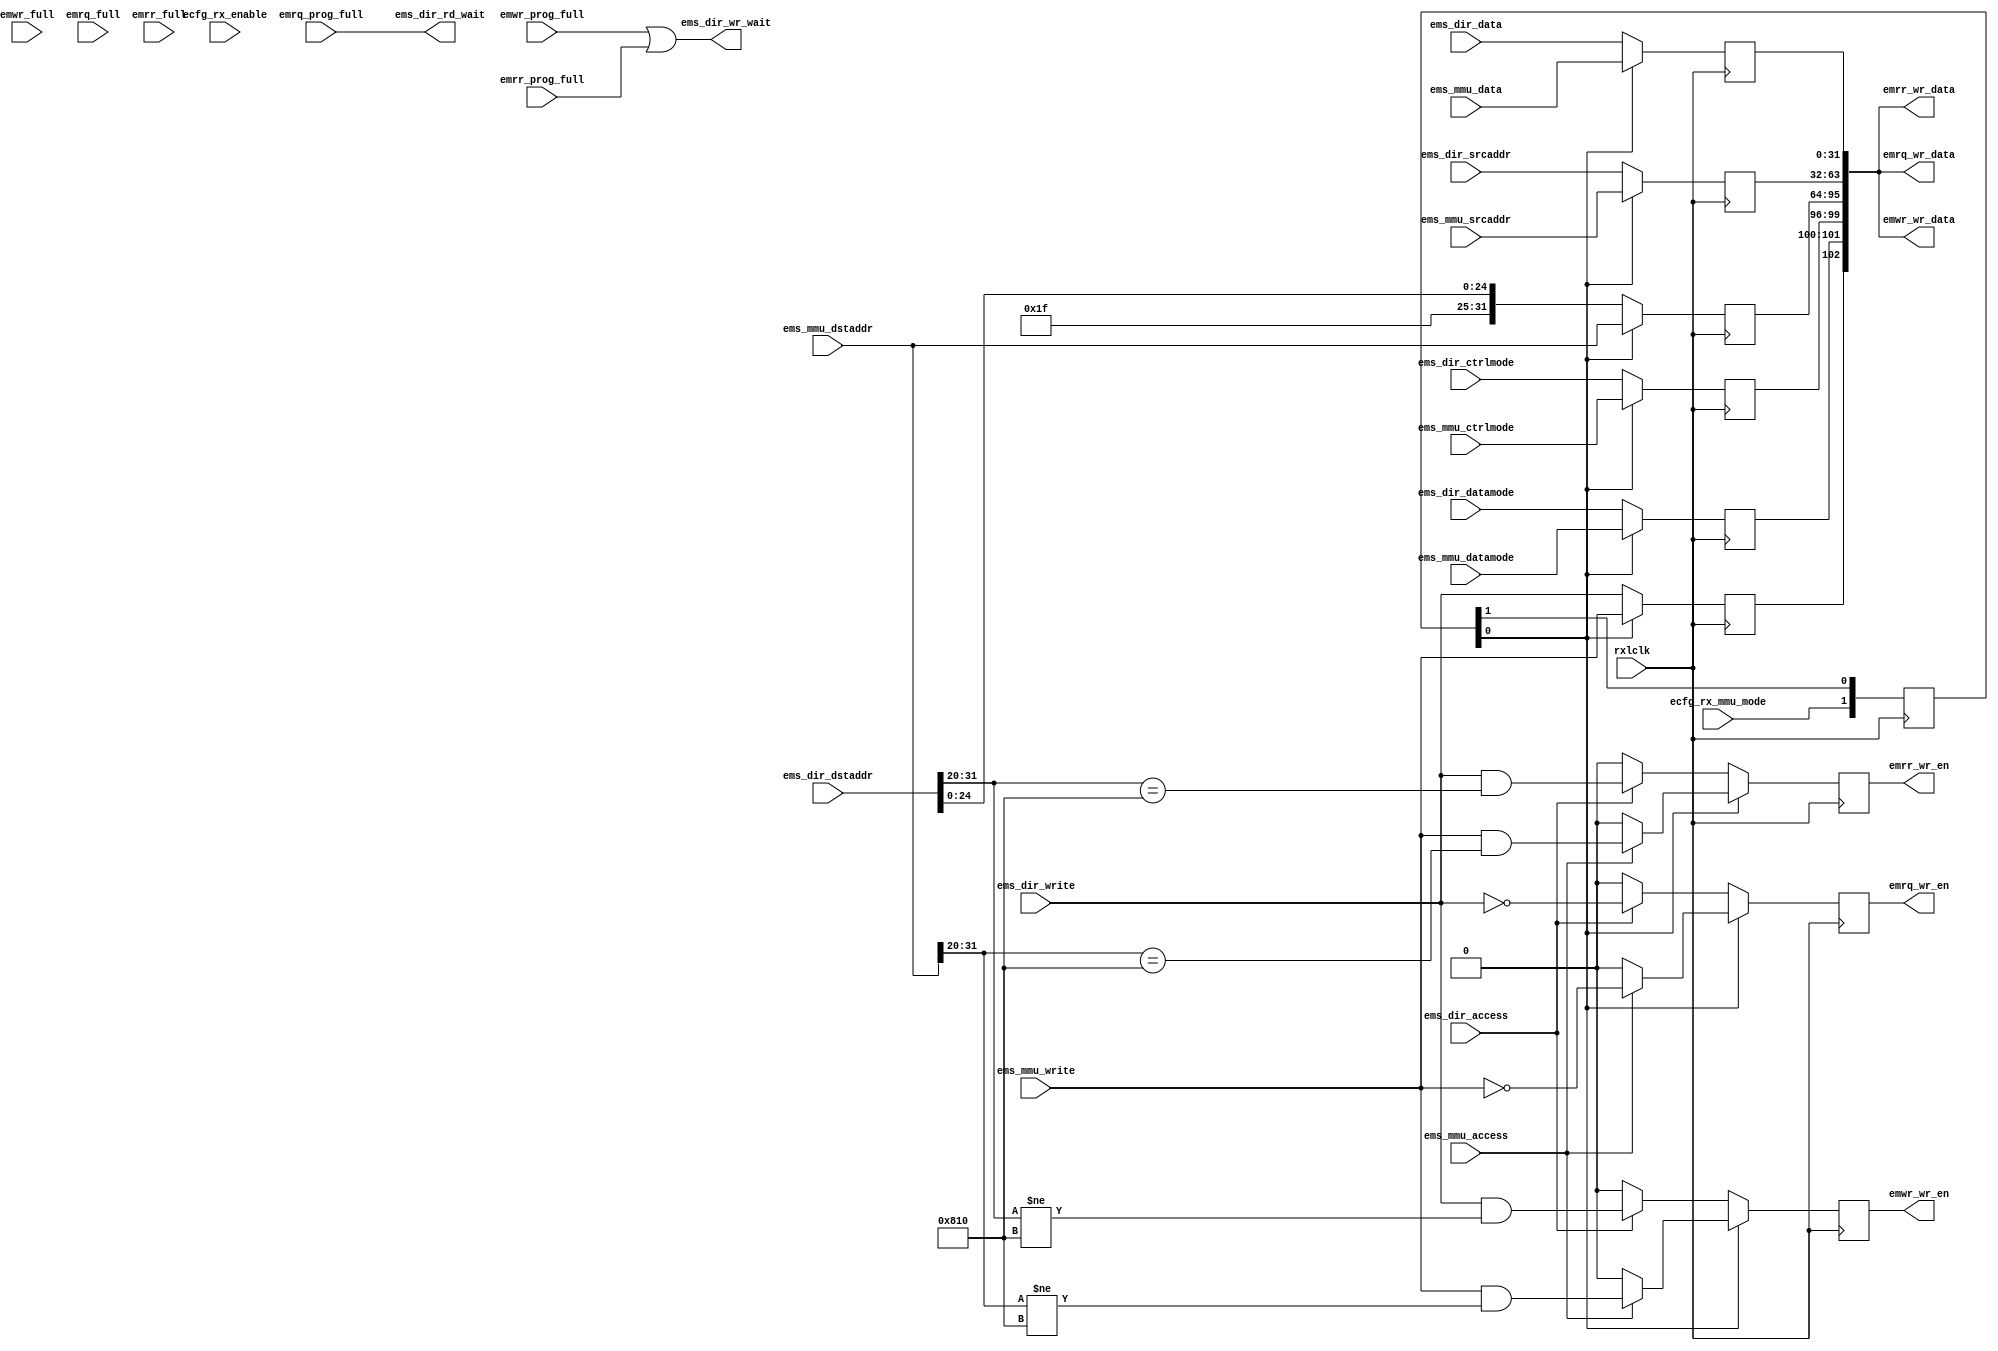
/*
  File: edistrib.v
 
  This file is part of the Parallella Project.

  Copyright (C) 2014 Adapteva, Inc.
  Contributed by Fred Huettig <fred@adapteva.com>

  This program is free software: you can redistribute it and/or modify
  it under the terms of the GNU General Public License as published by
  the Free Software Foundation, either version 3 of the License, or
  (at your option) any later version.

  This program is distributed in the hope that it will be useful,
  but WITHOUT ANY WARRANTY; without even the implied warranty of
  MERCHANTABILITY or FITNESS FOR A PARTICULAR PURPOSE.  See the
  GNU General Public License for more details.

  You should have received a copy of the GNU General Public License
  along with this program (see the file COPYING).  If not, see
  <http://www.gnu.org/licenses/>.
*/

/*
 ########################################################################
 EPIPHANY eMesh Filter / Distributor
 ########################################################################
 
 This block takes one eMesh input, selected from two available 
 (MMU or direct), and distributes the transactions based on type
 (write, read request, read response).
 
 */

module edistrib (/*AUTOARG*/
   // Outputs
   ems_dir_rd_wait, ems_dir_wr_wait, emwr_wr_data, emwr_wr_en,
   emrq_wr_data, emrq_wr_en, emrr_wr_data, emrr_wr_en,
   // Inputs
   rxlclk, ems_dir_access, ems_dir_write, ems_dir_datamode,
   ems_dir_ctrlmode, ems_dir_dstaddr, ems_dir_srcaddr, ems_dir_data,
   ems_mmu_access, ems_mmu_write, ems_mmu_datamode, ems_mmu_ctrlmode,
   ems_mmu_dstaddr, ems_mmu_srcaddr, ems_mmu_data, emwr_full,
   emwr_prog_full, emrq_full, emrq_prog_full, emrr_full,
   emrr_prog_full, ecfg_rx_enable, ecfg_rx_mmu_mode
   );

   parameter [11:0]  C_READ_TAG_ADDR = 12'h810;
   parameter         C_REMAP_BITS = 7;
   parameter [31:0]  C_REMAP_ADDR = 32'h3E000000;
   
   // RX clock
   input         rxlclk;
   
   // Direct slave port (with wait signals)
   input         ems_dir_access;
   input         ems_dir_write;
   input [1:0]   ems_dir_datamode;
   input [3:0]   ems_dir_ctrlmode;
   input [31:0]  ems_dir_dstaddr;
   input [31:0]  ems_dir_srcaddr;
   input [31:0]  ems_dir_data;
   output        ems_dir_rd_wait;
   output        ems_dir_wr_wait;

   // MMU slave port (no wait signals)
   input         ems_mmu_access;
   input         ems_mmu_write;
   input [1:0]   ems_mmu_datamode;
   input [3:0]   ems_mmu_ctrlmode;
   input [31:0]  ems_mmu_dstaddr;
   input [31:0]  ems_mmu_srcaddr;
   input [31:0]  ems_mmu_data;

   // Master FIFO port, writes
   output [102:0] emwr_wr_data;
   output         emwr_wr_en;
   input          emwr_full;       // full flags for error checking
   input          emwr_prog_full;
   
   // Master FIFO port, read requests
   output [102:0] emrq_wr_data;
   output         emrq_wr_en;
   input          emrq_full;
   input          emrq_prog_full;
   
   // Master FIFO port, read responses
   output [102:0] emrr_wr_data;
   output         emrr_wr_en;
   input          emrr_full;
   input          emrr_prog_full;

   // Control bits inputs
   input          ecfg_rx_enable;
   input          ecfg_rx_mmu_mode;
   
   //############
   //# Distribute based on type & read-response tag
   //############

   reg [1:0]      rxmmu_sync;
   wire           rxmmu = rxmmu_sync[0];
   
   reg            in_write;
   reg [1:0]      in_datamode;
   reg [3:0]      in_ctrlmode;
   reg [31:0]     in_dstaddr;
   reg [31:0]     in_srcaddr;
   reg [31:0]     in_data;

   reg            emwr_wr_en;
   reg            emrq_wr_en;
   reg            emrr_wr_en;

   wire [102:0]   fifo_din;
   wire [102:0]   emwr_wr_data;
   wire [102:0]   emrq_wr_data;
   wire [102:0]   emrr_wr_data;
   
   always @ (posedge rxlclk) begin

      rxmmu_sync <= {ecfg_rx_mmu_mode, rxmmu_sync[1]};

      if(rxmmu) begin

         in_write    <= ems_mmu_write;
         in_datamode <= ems_mmu_datamode;
         in_ctrlmode <= ems_mmu_ctrlmode;
         in_dstaddr  <= ems_mmu_dstaddr;
         in_srcaddr  <= ems_mmu_srcaddr;
         in_data     <= ems_mmu_data;

         if(ems_mmu_access) begin
            emrq_wr_en <= ~ems_mmu_write;
            emrr_wr_en <= ems_mmu_write & (ems_mmu_dstaddr[31:20] == C_READ_TAG_ADDR);
            emwr_wr_en <= ems_mmu_write & (ems_mmu_dstaddr[31:20] != C_READ_TAG_ADDR);
         end else begin
            emrq_wr_en <= 1'b0;
            emrr_wr_en <= 1'b0;
            emwr_wr_en <= 1'b0;
         end
         
      end else begin

         in_write    <= ems_dir_write;
         in_datamode <= ems_dir_datamode;
         in_ctrlmode <= ems_dir_ctrlmode;
         in_dstaddr  <= {C_REMAP_ADDR[31:(32-C_REMAP_BITS)], 
                         ems_dir_dstaddr[(31-C_REMAP_BITS):0]};
         in_srcaddr  <= ems_dir_srcaddr;
         in_data     <= ems_dir_data;

         if(ems_dir_access) begin
            emrq_wr_en <= ~ems_dir_write;
            emrr_wr_en <= ems_dir_write & (ems_dir_dstaddr[31:20] == C_READ_TAG_ADDR);
            emwr_wr_en <= ems_dir_write & (ems_dir_dstaddr[31:20] != C_READ_TAG_ADDR);
         end else begin
            emrq_wr_en <= 1'b0;
            emrr_wr_en <= 1'b0;
            emwr_wr_en <= 1'b0;
         end
         
      end // else: !if(rxmmu)

   end // always @ (posedge rxlclk)

      // Data is the same for all.
   assign fifo_din = 
         {in_write,
          in_datamode,
          in_ctrlmode,
          in_dstaddr,
          in_srcaddr,
          in_data};
      
   assign emwr_wr_data = fifo_din;
   assign emrq_wr_data = fifo_din;
   assign emrr_wr_data = fifo_din;
   
   //#############################
   //# Wait signal passthroughs
   //#############################
   assign        ems_dir_rd_wait = emrq_prog_full;
   assign        ems_dir_wr_wait = emwr_prog_full | emrr_prog_full;
   
endmodule // edistrib